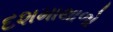
દશમાથાળો